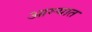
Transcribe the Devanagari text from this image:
आग्ऱ्यात